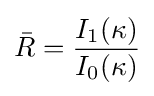
{\bar {R}}={\frac {I_{1}(\kappa )}{I_{0}(\kappa )}}